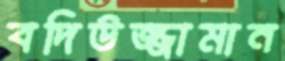
বদিউজ্জামান